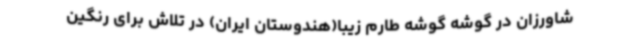
شاورزان در گوشه گوشه طارم زیبا(هندوستان ایران) در تلاش برای رنگین